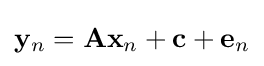
\mathbf {y} _{n}=\mathbf {A} \mathbf {x} _{n}+\mathbf {c} +\mathbf {e} _{n}